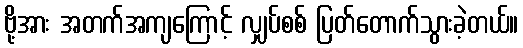
ဗို့အား အတက်အကျကြောင့် လျှပ်စစ် ပြတ်တောက်သွားခဲ့တယ်။